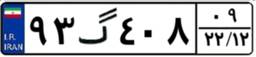
۹۳گ۴۰۸۰۹